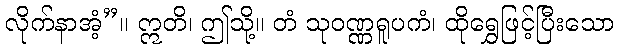
လိုက်နာအံ့”။ ဣတိ၊ ဤသို့။ တံ သုဝဏ္ဏရူပကံ၊ ထိုရွှေဖြင့်ပြီးသော